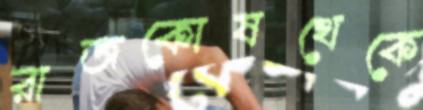
রাজকোষথেকে